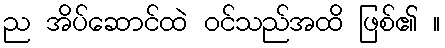
ည အိပ်ဆောင်ထဲ ဝင်သည်အထိ ဖြစ်၏ ။